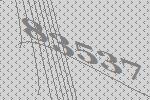
83537